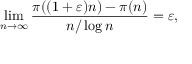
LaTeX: \operatorname* { l i m } _ { n \to \infty } { \frac { \pi ( ( 1 + \varepsilon ) n ) - \pi ( n ) } { n / \log n } } = \varepsilon ,